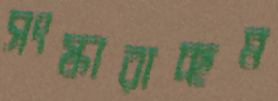
সংস্কারাচ্ছন্ন